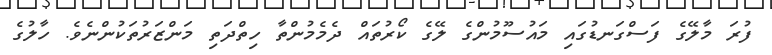
ފުރަ މާލޭގެ ފަސްގަނޑުގައި މައުސޫމުންގެ ލޭގެ ކޯރުތައް ދެމެމުންތާ ހިތްދަތި މަންޒަރުތަކުންނެވެ. ހާލުގެ